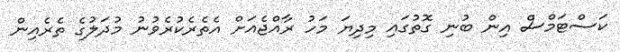
ކަސްޓަމްސް އިން ބުނި ގޮތުގައި މިދިޔަ މަހު ރާއްޖެއަށް އެތެރެކުރެވުނު މުދަލުގެ ތެރެއިން